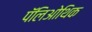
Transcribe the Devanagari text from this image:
पॅलिओथिक